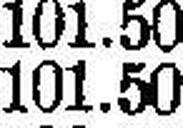
101.50